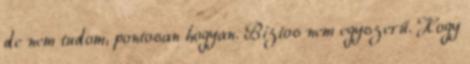
de nem tudom, pontosan hogyan. Biztos nem egyszerű. Hogy